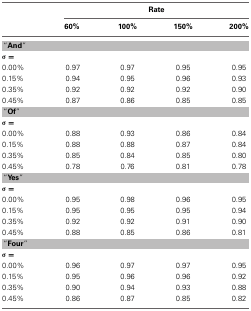
<table><thead><tr><td></td><td colspan="4"><b>Rate</b></td></tr><tr><td></td><td><b>60%</b></td><td><b>100%</b></td><td><b>150%</b></td><td><b>200%</b></td></tr></thead><tbody><tr><td colspan="5"><b>“And”</b></td></tr><tr><td colspan="5">σ =</td></tr><tr><td>0.00%</td><td>0.97</td><td>0.97</td><td>0.95</td><td>0.95</td></tr><tr><td>0.15%</td><td>0.94</td><td>0.95</td><td>0.96</td><td>0.93</td></tr><tr><td>0.35%</td><td>0.92</td><td>0.92</td><td>0.92</td><td>0.90</td></tr><tr><td>0.45%</td><td>0.87</td><td>0.86</td><td>0.85</td><td>0.85</td></tr><tr><td colspan="5"><b>“Of”</b></td></tr><tr><td colspan="5">σ =</td></tr><tr><td>0.00%</td><td>0.88</td><td>0.93</td><td>0.86</td><td>0.84</td></tr><tr><td>0.15%</td><td>0.88</td><td>0.88</td><td>0.87</td><td>0.84</td></tr><tr><td>0.35%</td><td>0.85</td><td>0.84</td><td>0.85</td><td>0.80</td></tr><tr><td>0.45%</td><td>0.78</td><td>0.76</td><td>0.81</td><td>0.78</td></tr><tr><td colspan="5"><b>“Yes”</b></td></tr><tr><td colspan="5">σ =</td></tr><tr><td>0.00%</td><td>0.95</td><td>0.98</td><td>0.96</td><td>0.95</td></tr><tr><td>0.15%</td><td>0.95</td><td>0.95</td><td>0.95</td><td>0.94</td></tr><tr><td>0.35%</td><td>0.92</td><td>0.92</td><td>0.91</td><td>0.90</td></tr><tr><td>0.45%</td><td>0.88</td><td>0.85</td><td>0.86</td><td>0.81</td></tr><tr><td colspan="5"><b>“Four”</b></td></tr><tr><td colspan="5">σ =</td></tr><tr><td>0.00%</td><td>0.96</td><td>0.97</td><td>0.97</td><td>0.95</td></tr><tr><td>0.15%</td><td>0.95</td><td>0.96</td><td>0.96</td><td>0.92</td></tr><tr><td>0.35%</td><td>0.90</td><td>0.94</td><td>0.93</td><td>0.88</td></tr><tr><td>0.45%</td><td>0.86</td><td>0.87</td><td>0.85</td><td>0.82</td></tr></tbody></table>